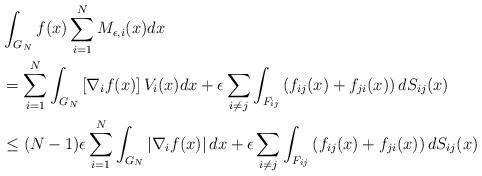
LaTeX: \begin{align*} & \int_{G_{N}}f(x)\sum_{i=1}^{N}M_{\epsilon,i}(x)dx\\ & =\sum_{i=1}^{N}\int_{G_{N}}\left[\nabla_{i}f(x)\right]V_{i}(x)dx+\epsilon\sum_{i\neq j}\int_{F_{ij}}\left(f_{ij}(x)+f_{ji}(x)\right)dS_{ij}(x)\\ & \le(N-1)\epsilon\sum_{i=1}^{N}\int_{G_{N}}\left|\nabla_{i}f(x)\right|dx+\epsilon\sum_{i\neq j}\int_{F_{ij}}\left(f_{ij}(x)+f_{ji}(x)\right)dS_{ij}(x)\end{align*}